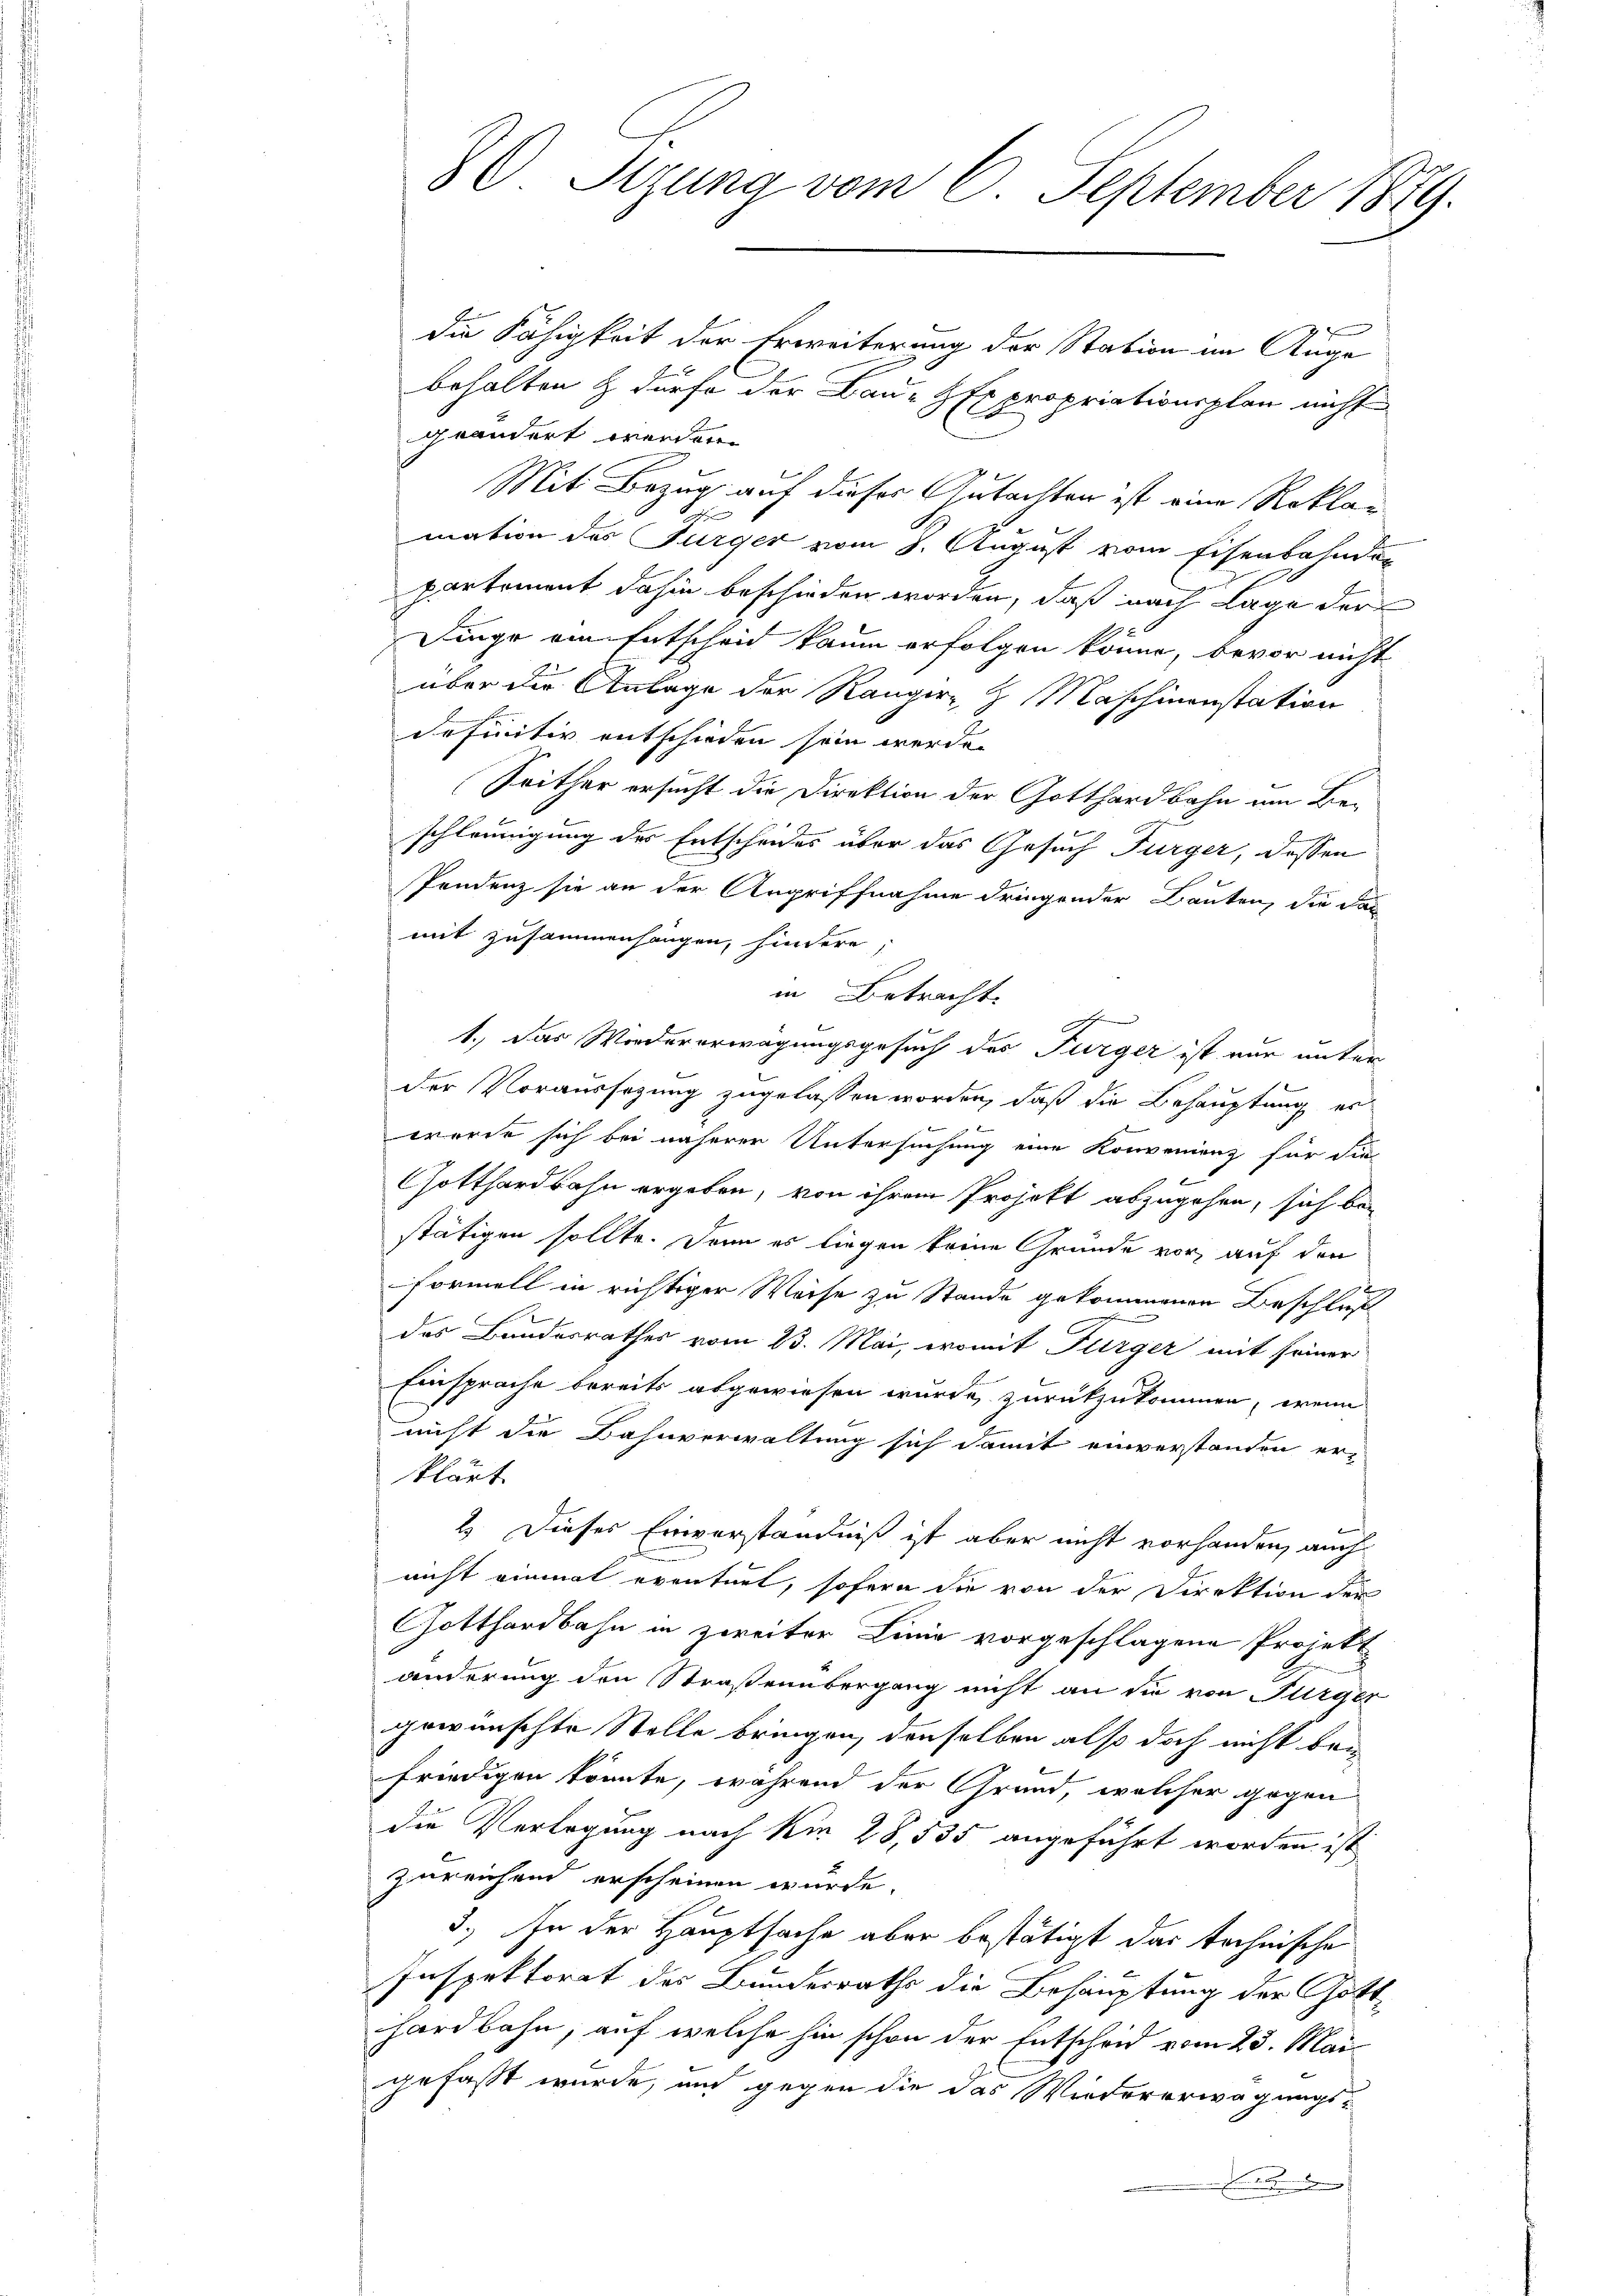
80 Sizung vom 6. September 1879.

die Fähigkeit der Erweiterung der Station im Auge
behalten & dürfe der Bau- HExpropriationsplan nicht
geändert werden.
Mit Bezug auf dieses Gutachten ist eine Reklamation des Fürger vom 8. August vom Eisenbahnder
partement dahin beschieden worden, daß nach Lage der
Dinge am Entscheid kaum erfolgen könne, bevor nicht
über die Anlage der Ranger & Maschinenstation
definitiv entschieden sein werde.
Seither ersucht die Direktion der Gotthardbahn am Beschleunigung des Entscheides über das Gesuch Furger, dessen
Pendenz sie an der Angriffnahme dringender Bauten, die das
mit Zusammenhangen, hindere
in Betracht
1.) Das Wiedererwägungsgesuch des Fürger ist nur unter
Der Voraussetzung zugelassen worden, daß die Behauptung er
wurde sich bei näherer Untersuchung eine Konvenienz für die
Gotthardbahn ergeben, von ihrem Projekt abzugehen, sich bestätigen sollte. Denn es liegen keine Grunde vor, auf den
formell in richtiger Weise zu Stande gekommenen Beschluß
des Bundesrathes vom 23. Mai, womit Turger mit seiner
Einsprache bereits abgewiesen wurde, zurükzukommen, wenn
nicht die Bahnverwaltung sich damit einverstanden erklärt
e
2) Dieses Einverständniß ist aber nicht vorhanden, auch
nicht einmal eventuel, sofern die von der Direktion der
Gotthardbahn in zweiter Linie vorgeschlagene Projektänderung den Straßenübergang nicht an die von Bürger
gewünschte Stelle bringen, denselben also doch nicht be-
friedigen könnte, während der Grund, welcher gegen
die Verlegung nach Am 28, 535 angeführt worden ist
zureichend erscheinen wurde.
3.) In der Hauptsache aber bestätigt das technische
Inspektorat des Bundesraths die Behauptung der Gotthardbahn, auf welche hin schon der Entscheid vom 23. Mai
gefaßt wurde, und gegen die das Wiedererwägungs-